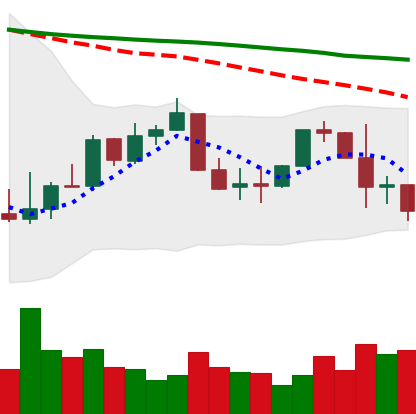
Ticker: XLM-USD
Chart end date: 2022-01-07
Forward return: 9.983%
Label: up_7plus